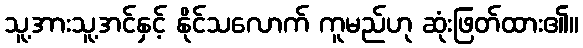
သူ့အားသူ့အင်နှင့် နိုင်သလောက် ကူမည်ဟု ဆုံးဖြတ်ထား၏။